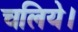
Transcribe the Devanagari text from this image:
चलिये।